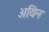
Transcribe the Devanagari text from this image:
अयिन